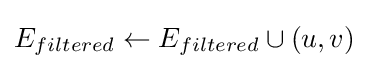
E_{filtered}\gets E_{filtered}\cup {(u,v)}